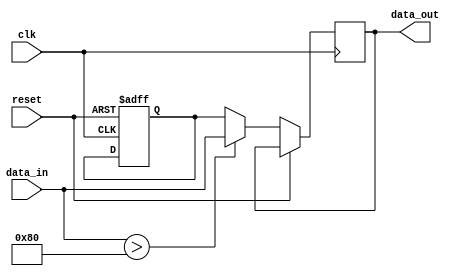
module ParameterFocusedInit #(
    parameter DATA_WIDTH = 8,
    parameter THRESHOLD = 128,
    parameter MODE = 0 // 0: Default mode, 1: Alternative mode
) (
    input wire clk,
    input wire reset,
    input wire [DATA_WIDTH-1:0] data_in,
    output reg [DATA_WIDTH-1:0] data_out
);

    // Internal variable declaration
    reg [DATA_WIDTH-1:0] internal_var;
    reg [DATA_WIDTH-1:0] threshold_value;

    // Initialization block
    initial begin
        // Set threshold value based on parameter
        threshold_value = THRESHOLD;
        
        // Initialize internal variable based on mode
        if (MODE == 0) begin
            internal_var = 0; // Default initialization
        end else begin
            internal_var = threshold_value; // Alternative initialization
        end
    end

    // Reset mechanism - reinitialize on reset
    always @(posedge clk or posedge reset) begin
        if (reset) begin
            // Re-initialize internal variables based on parameters
            internal_var <= (MODE == 0) ? 0 : threshold_value;
        end else begin
            // Behavioral logic: example processing
            if (data_in > threshold_value) begin
                data_out <= data_in; // Pass-through if above threshold
            end else begin
                data_out <= internal_var; // Hold internal value otherwise
            end
        end
    end

endmodule